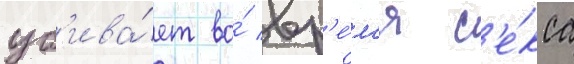
уб'ива́ет во́ вр'е́м'я с'е́кса